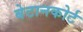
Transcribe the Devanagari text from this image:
बेटानकोर्ट